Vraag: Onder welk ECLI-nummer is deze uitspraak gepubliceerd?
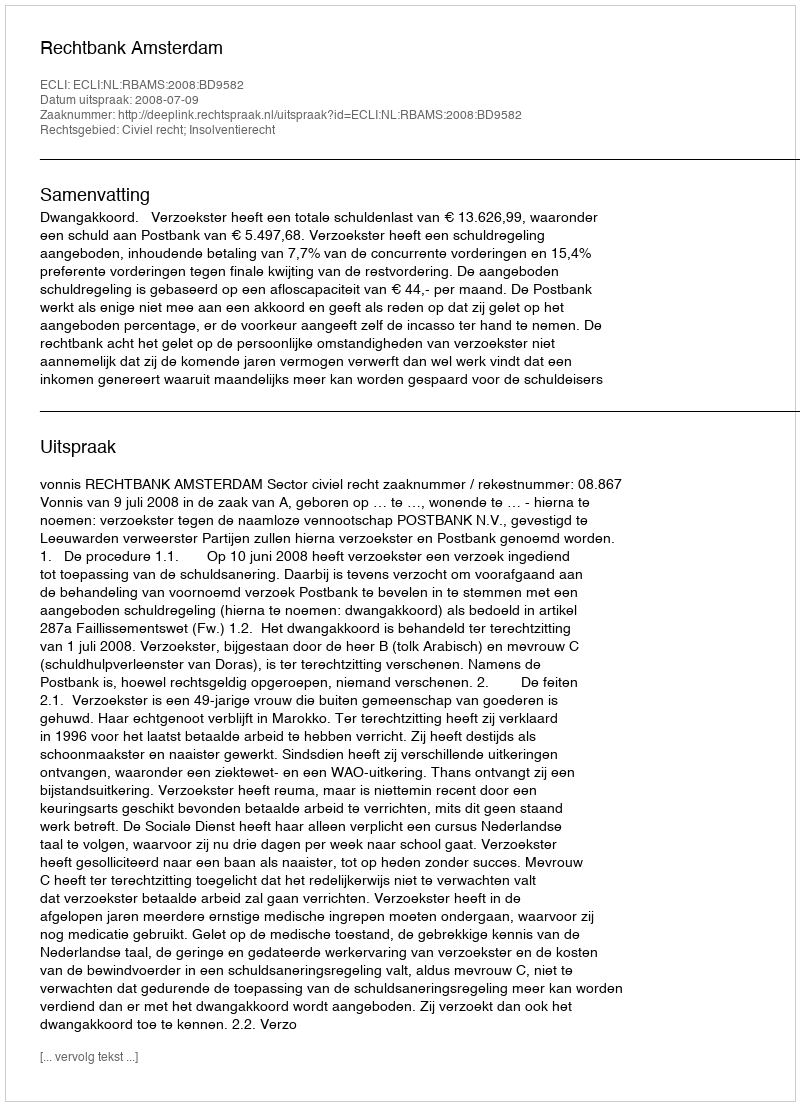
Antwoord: ECLI:NL:RBAMS:2008:BD9582